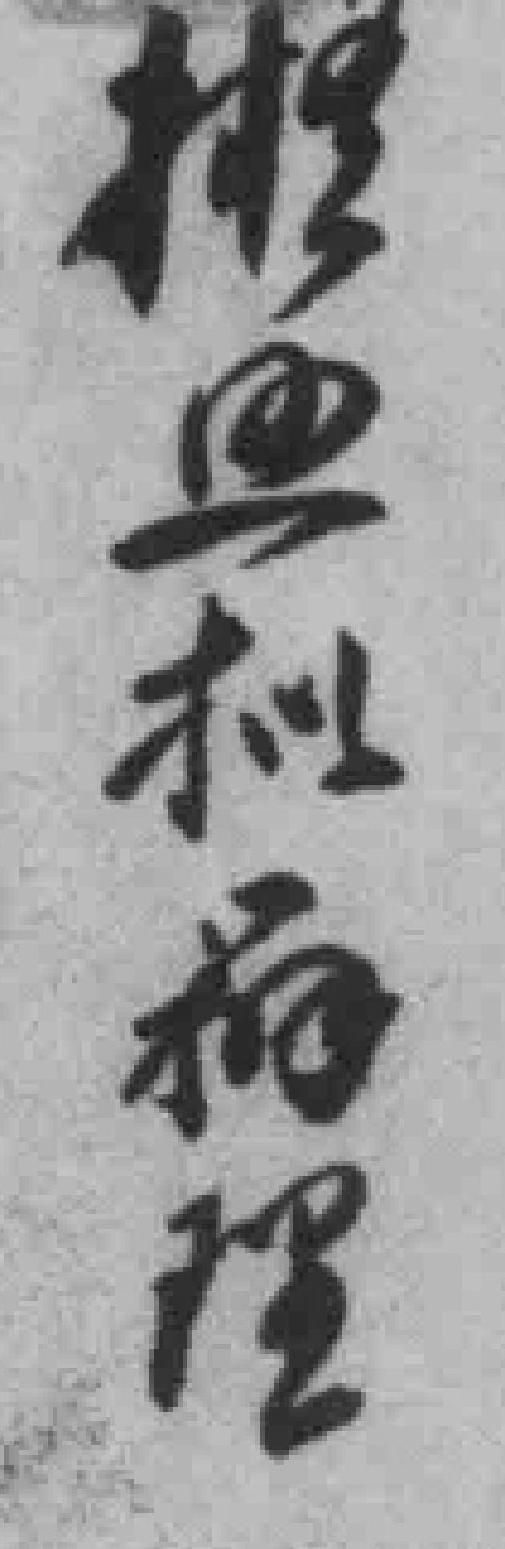
招思机柏理